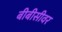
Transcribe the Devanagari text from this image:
बीबीसीवर